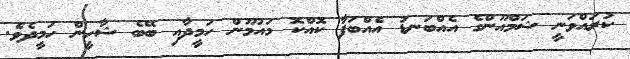
ކުރައްވަނީ ޝަމްއޫންގެ އެއްބަނޑު އެއްބަފާ ކޮއްކޮ މައުމޫން ހަމީދާއި ބޭބެ ޝާހީން ހަމީދެވެ.